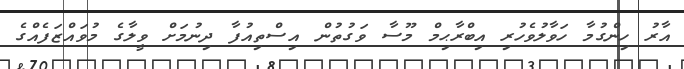
އާރު ހިންގުމާ ހަވާލުވެހުރި އިބްރާޙިމް މޫސާ ވަގުތުން އިސްތިއުފާ ދިނުމަށް ވީލާގެ މުވައްޒަފެއްގެ